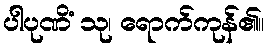
ပါပုဏိံ သု၊ ရောက်ကုန်၏။